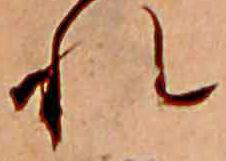
れ